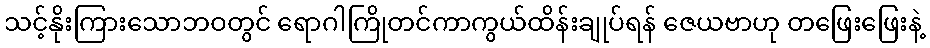
သင့်နိုးကြားသောဘဝတွင် ရောဂါကြိုတင်ကာကွယ်ထိန်းချုပ်ရန် ဇေယဗာဟု တဖြေးဖြေးနဲ့